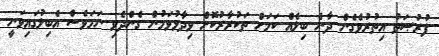
ފުރުޞަތު އިތުރުވެގެން ދާނެ ބިލެއް ކަމަށް ތަކުރާރުކޮށް ވިދާޅުވަމުން ގެންދެވި ނަމަވެސް އެބިލުގައިވަނީ